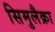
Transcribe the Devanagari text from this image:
सिमुलैक्रा